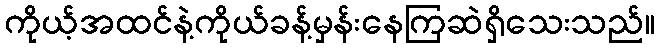
ကိုယ့်အထင်နဲ့ကိုယ်ခန့်မှန်းနေကြဆဲရှိသေးသည်။